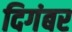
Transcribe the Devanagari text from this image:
दिगंबर